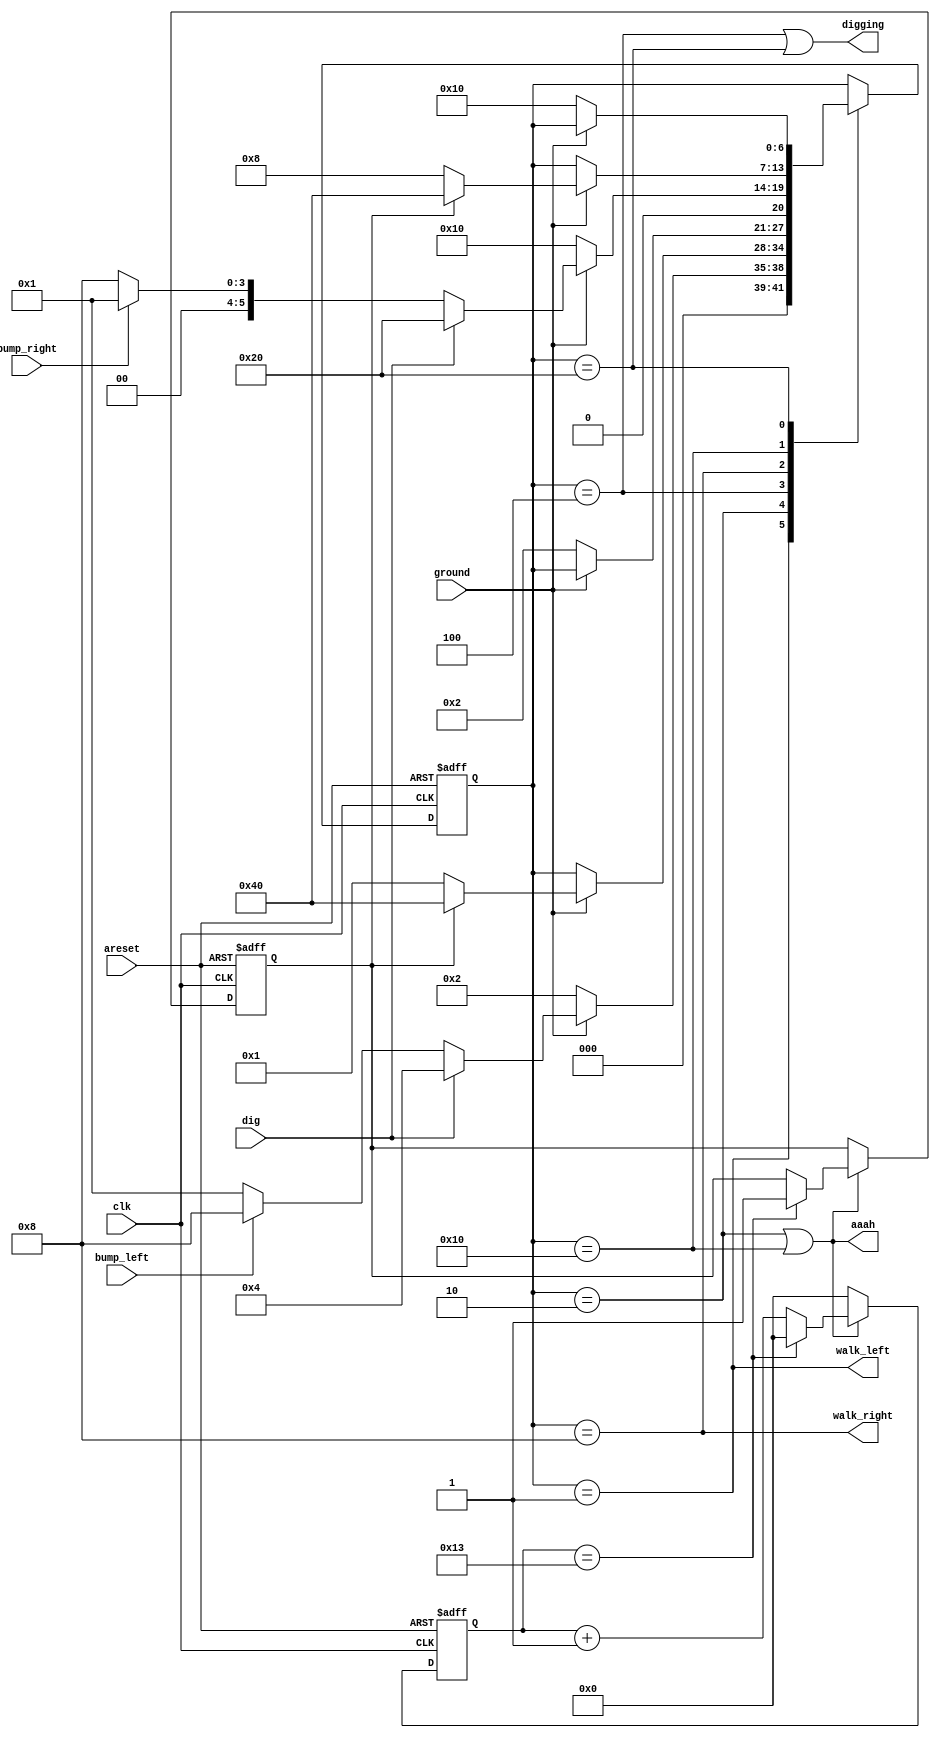
module top_module (
    input           clk,
    input           areset,
    input           bump_left,
    input           bump_right,
    input           ground,
    input           dig,
    output          walk_left,
    output          walk_right,
    output          aaah,
    output          digging
);

    parameter       LEFT        = 7'b0000001,
                    LEFT_FALL   = 7'b0000010,
                    LEFT_DIG    = 7'b0000100,
                    RIGHT       = 7'b0001000,
                    RIGHT_FALL  = 7'b0010000,
                    RIGHT_DIG   = 7'b0100000,
                    SPLATTER    = 7'b1000000;

    reg     [4:0]   counter;
    reg             counter_en;

    always @(posedge clk, posedge areset) begin
        if (areset)
            counter <= '0;
        else if (counter_en)
            if (counter == 5'd20 - 1'b1)
                counter <= '0;
            else
                counter <= counter + 1'b1;
        else
            counter <= '0;
    end

    reg             fall_too_long;

    always @(posedge clk, posedge areset) begin
        if (areset)
            fall_too_long <= '0;
        else if (counter_en)
            if (counter == 5'd20 - 1'b1)
                fall_too_long <= 1'b1;
    end

    reg     [6:0]   state;
    reg     [6:0]   next_state;

    always @(*) begin
        counter_en = (state == LEFT_FALL) | (state == RIGHT_FALL);

        case (state)
        LEFT        : next_state = (~ground) ? LEFT_FALL :
                                               (dig) ? LEFT_DIG :
                                                       (bump_left) ? RIGHT : LEFT;
        LEFT_FALL   : next_state = (~ground) ? state :
                                            (fall_too_long) ? SPLATTER : LEFT;
        LEFT_DIG    : next_state = (~ground) ? LEFT_FALL : state;
        RIGHT       : next_state = (~ground) ? RIGHT_FALL :
                                               (dig) ? RIGHT_DIG :
                                                       (bump_right) ? LEFT : RIGHT;
        RIGHT_FALL  : next_state = (~ground) ? state :
                                            (fall_too_long) ? SPLATTER : RIGHT;
        RIGHT_DIG   : next_state = (~ground) ? RIGHT_FALL : state;

        SPLATTER    : next_state = state;
        default     : next_state = state;
        endcase
    end

    always @(posedge clk, posedge areset) begin
        if (areset)
            state <= LEFT;
        else
            state <= next_state;
    end

    assign walk_left = (state == LEFT);
    assign walk_right = (state == RIGHT);
    assign aaah = (state == LEFT_FALL) | (state == RIGHT_FALL);
    assign digging = (state == LEFT_DIG) | (state == RIGHT_DIG);

endmodule